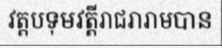
វត្តបទុមវត្តីរាជរារាមបាន